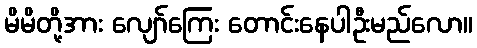
မိမိတို့အား လျော်ကြေး တောင်းနေပါဦးမည်လော။